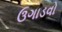
ઉગાડવો